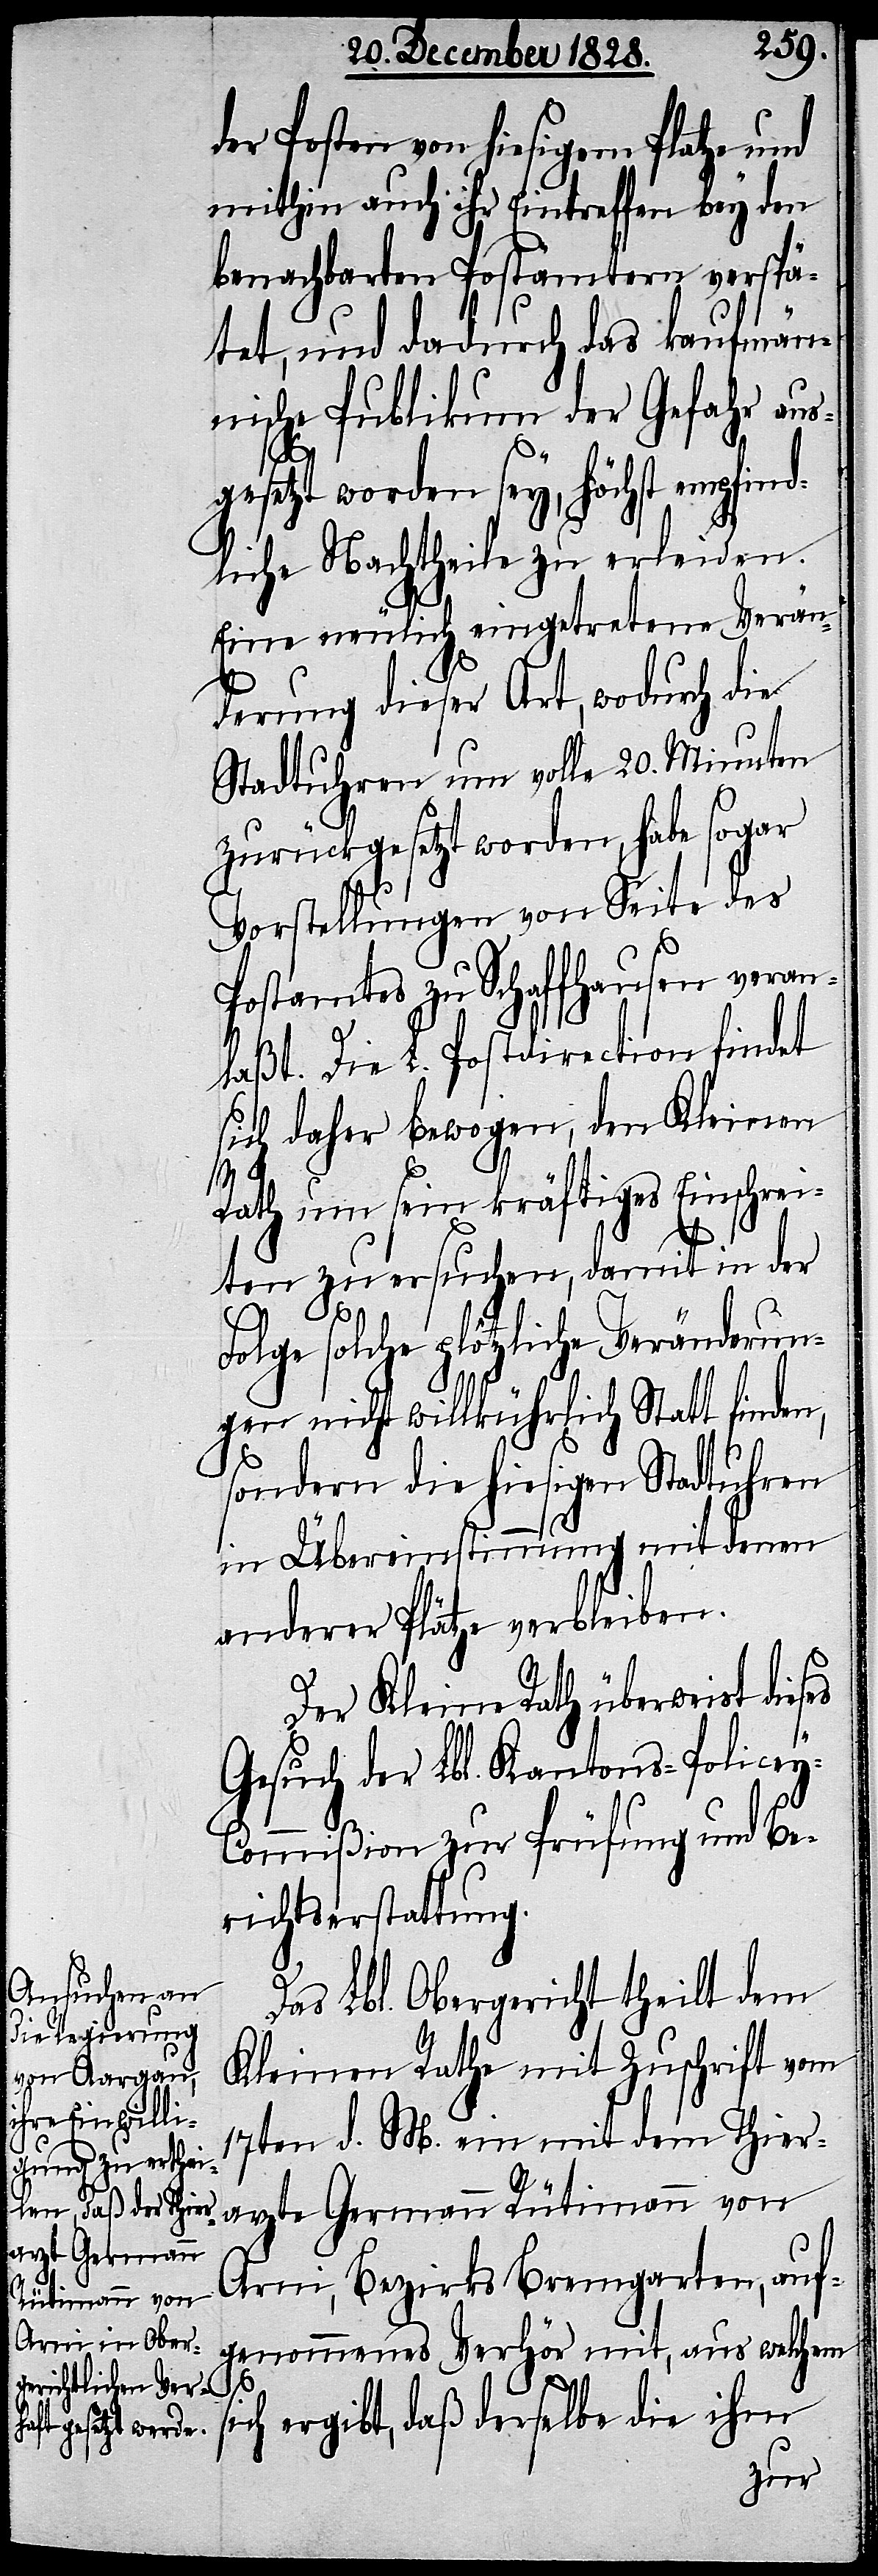
der Posten von hiesigem Platze und
mithin auch ihr Eintreffen bey den
benachbarten Postämtern verspä¬
tet, und dadurch das kaufmän¬
nische Publikum der Gefahr aus¬
gesetzt worden sey, höchst empfind¬
liche Nachtheile zu erleiden.
Eine neulich eingetretene Verän¬
derung dieser Art, wodurch die
Stadtuhren um volle 20. Minuten
zurückgesetzt worden, habe sogar
Vorstellungen von Seite des
Postamtes zu Schaffhausen veran¬
laßt. Die L. Postdirection findet
sich daher bewogen, den Kleinen
Rath um sein kräftiges Einschrei¬
ten zu ersuchen, damit in der
Folge solche plötzliche Veränderun¬
gen nicht willkührlich Statt finde¬
sondern die hiesigen Stadtuhren
in Übereinstimmung mit denen
anderer Plätze verbleiben.
Der Kleine Rath überweist dies¬
Gesuch der Lbl. Kantons-Police¬
ommißion zur Prüfung und Be¬
richtserstattung.
Das Lbl. Obergericht theilt dem
Kleinen Rathe mit Zuschrift vom
17ten d. M. ein mit dem Thier¬
arzte Germann Rütimann von
Arni, Bezirks Bremgarten, auf¬
genommenes Verhör mit, aus welchem
s¬
ich ergibt, daß derselbe die ihm